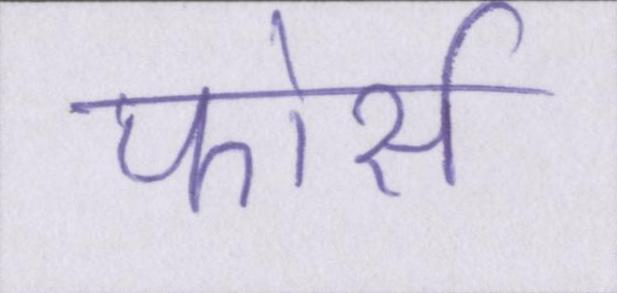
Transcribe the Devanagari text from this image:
फोर्स